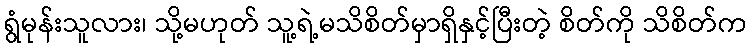
ရွံမုန်းသူလား၊ သို့မဟုတ် သူ့ရဲ့မသိစိတ်မှာရှိနှင့်ပြီးတဲ့ စိတ်ကို သိစိတ်က